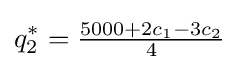
q_{2}^{*}={\tfrac {5000+2c_{1}-3c_{2}}{4}}